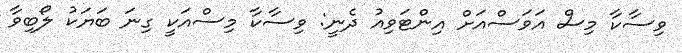
ވިސާކާ މިސް އަވަސްއަށް އިންޓަވިއު ދެނީ: ވިސާކާ މިސްއަކީ ގިނަ ބަޔަކު ލޯބިވާ